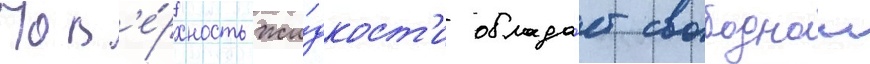
Пов'е́рхность жи́дкост'и облада́ет свободнои